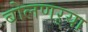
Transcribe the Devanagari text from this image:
बोलणऱ्या